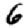
Digit: 6